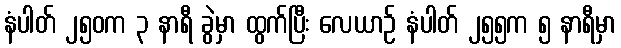
နံပါတ် ၂၅၀က ၃ နာရီ ခွဲမှာ ထွက်ပြီး လေယာဉ် နံပါတ် ၂၅၅က ၅ နာရီမှာ